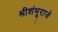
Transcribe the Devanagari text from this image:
श्रीशंभूराजे